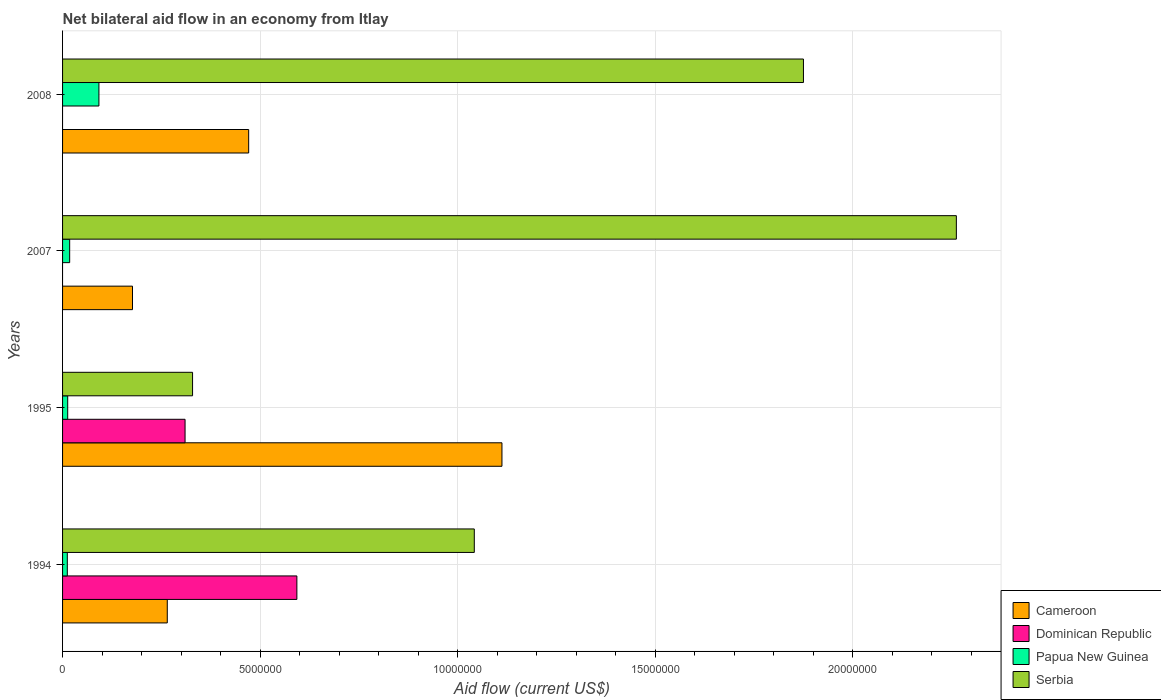
| Years | Cameroon | Dominican Republic | Papua New Guinea | Serbia |
 | --- | --- | --- | --- | --- |
 | 1994 | 2.65e+06 | 5.93e+06 | 1.2e+05 | 1.04e+07 |
 | 1995 | 1.11e+07 | 3.1e+06 | 1.3e+05 | 3.29e+06 |
 | 2007 | 1.77e+06 | -3.56e+06 | 1.8e+05 | 2.26e+07 |
 | 2008 | 4.71e+06 | -3.4e+06 | 9.2e+05 | 1.88e+07 |